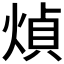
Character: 𤋺